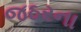
જઠરના